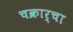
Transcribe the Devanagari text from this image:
चक्रार्चा